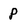
Character: p